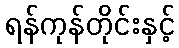
ရန်ကုန်တိုင်းနှင့်